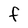
Character: f